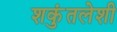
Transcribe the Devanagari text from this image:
शकुंतलेशी